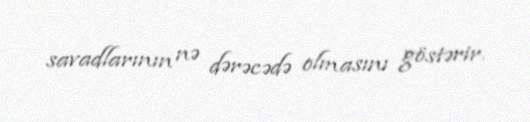
savadlarının nə dərəcədə olmasını göstərir.